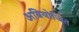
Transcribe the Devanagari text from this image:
अवियोजित